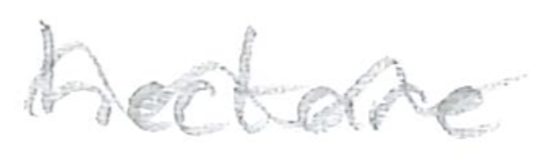
Text: hectare
Cross-out: wave
Writing tool: pencil